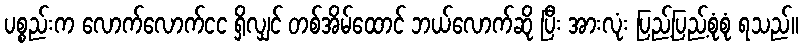
ပစ္စည်းက လောက်လောက်ငင ရှိလျှင် တစ်အိမ်ထောင် ဘယ်လောက်ဆို ပြီး အားလုံး ပြည့်ပြည့်စုံစုံ ရသည်။